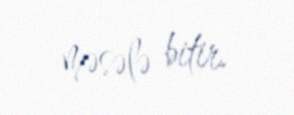
məsələ bitir.